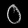
Digit: ၀